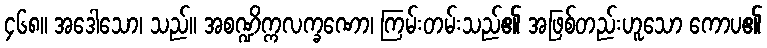
၄၆၈။ အဒေါသော၊ သည်။ အစဏ္ဍိက္ကလက္ခဏော၊ ကြမ်းတမ်းသည်၏ အဖြစ်တည်းဟူသော ကောပ၏